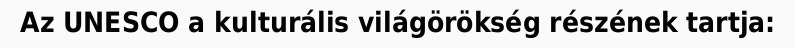
Az UNESCO a kulturális világörökség részének tartja: